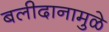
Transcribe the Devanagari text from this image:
बलीदानामुळे